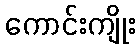
ကောင်းကျိုး